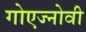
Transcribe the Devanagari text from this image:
गोएज्नोवी